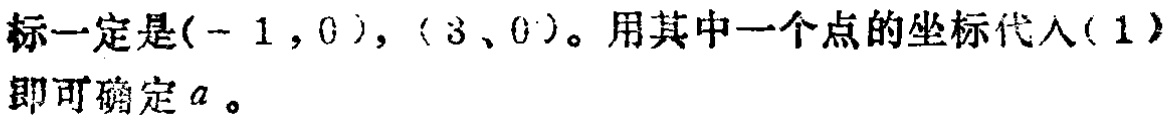
标一定是$(-1,0)$，$(3,0)$。用其中一个点的坐标代入$(1)$即可确定$a$。